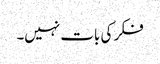
فکر کی بات نہیں۔